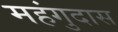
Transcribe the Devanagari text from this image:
महंगुदास